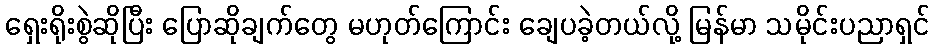
ရှေးရိုးစွဲဆိုပြီး ပြောဆိုချက်တွေ မဟုတ်ကြောင်း ချေပခဲ့တယ်လို့ မြန်မာ သမိုင်းပညာရှင်